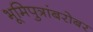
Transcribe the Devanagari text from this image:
भूमिपुत्रांबरोबर